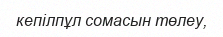
кепілпұл сомасын төлеу,